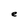
Character: e